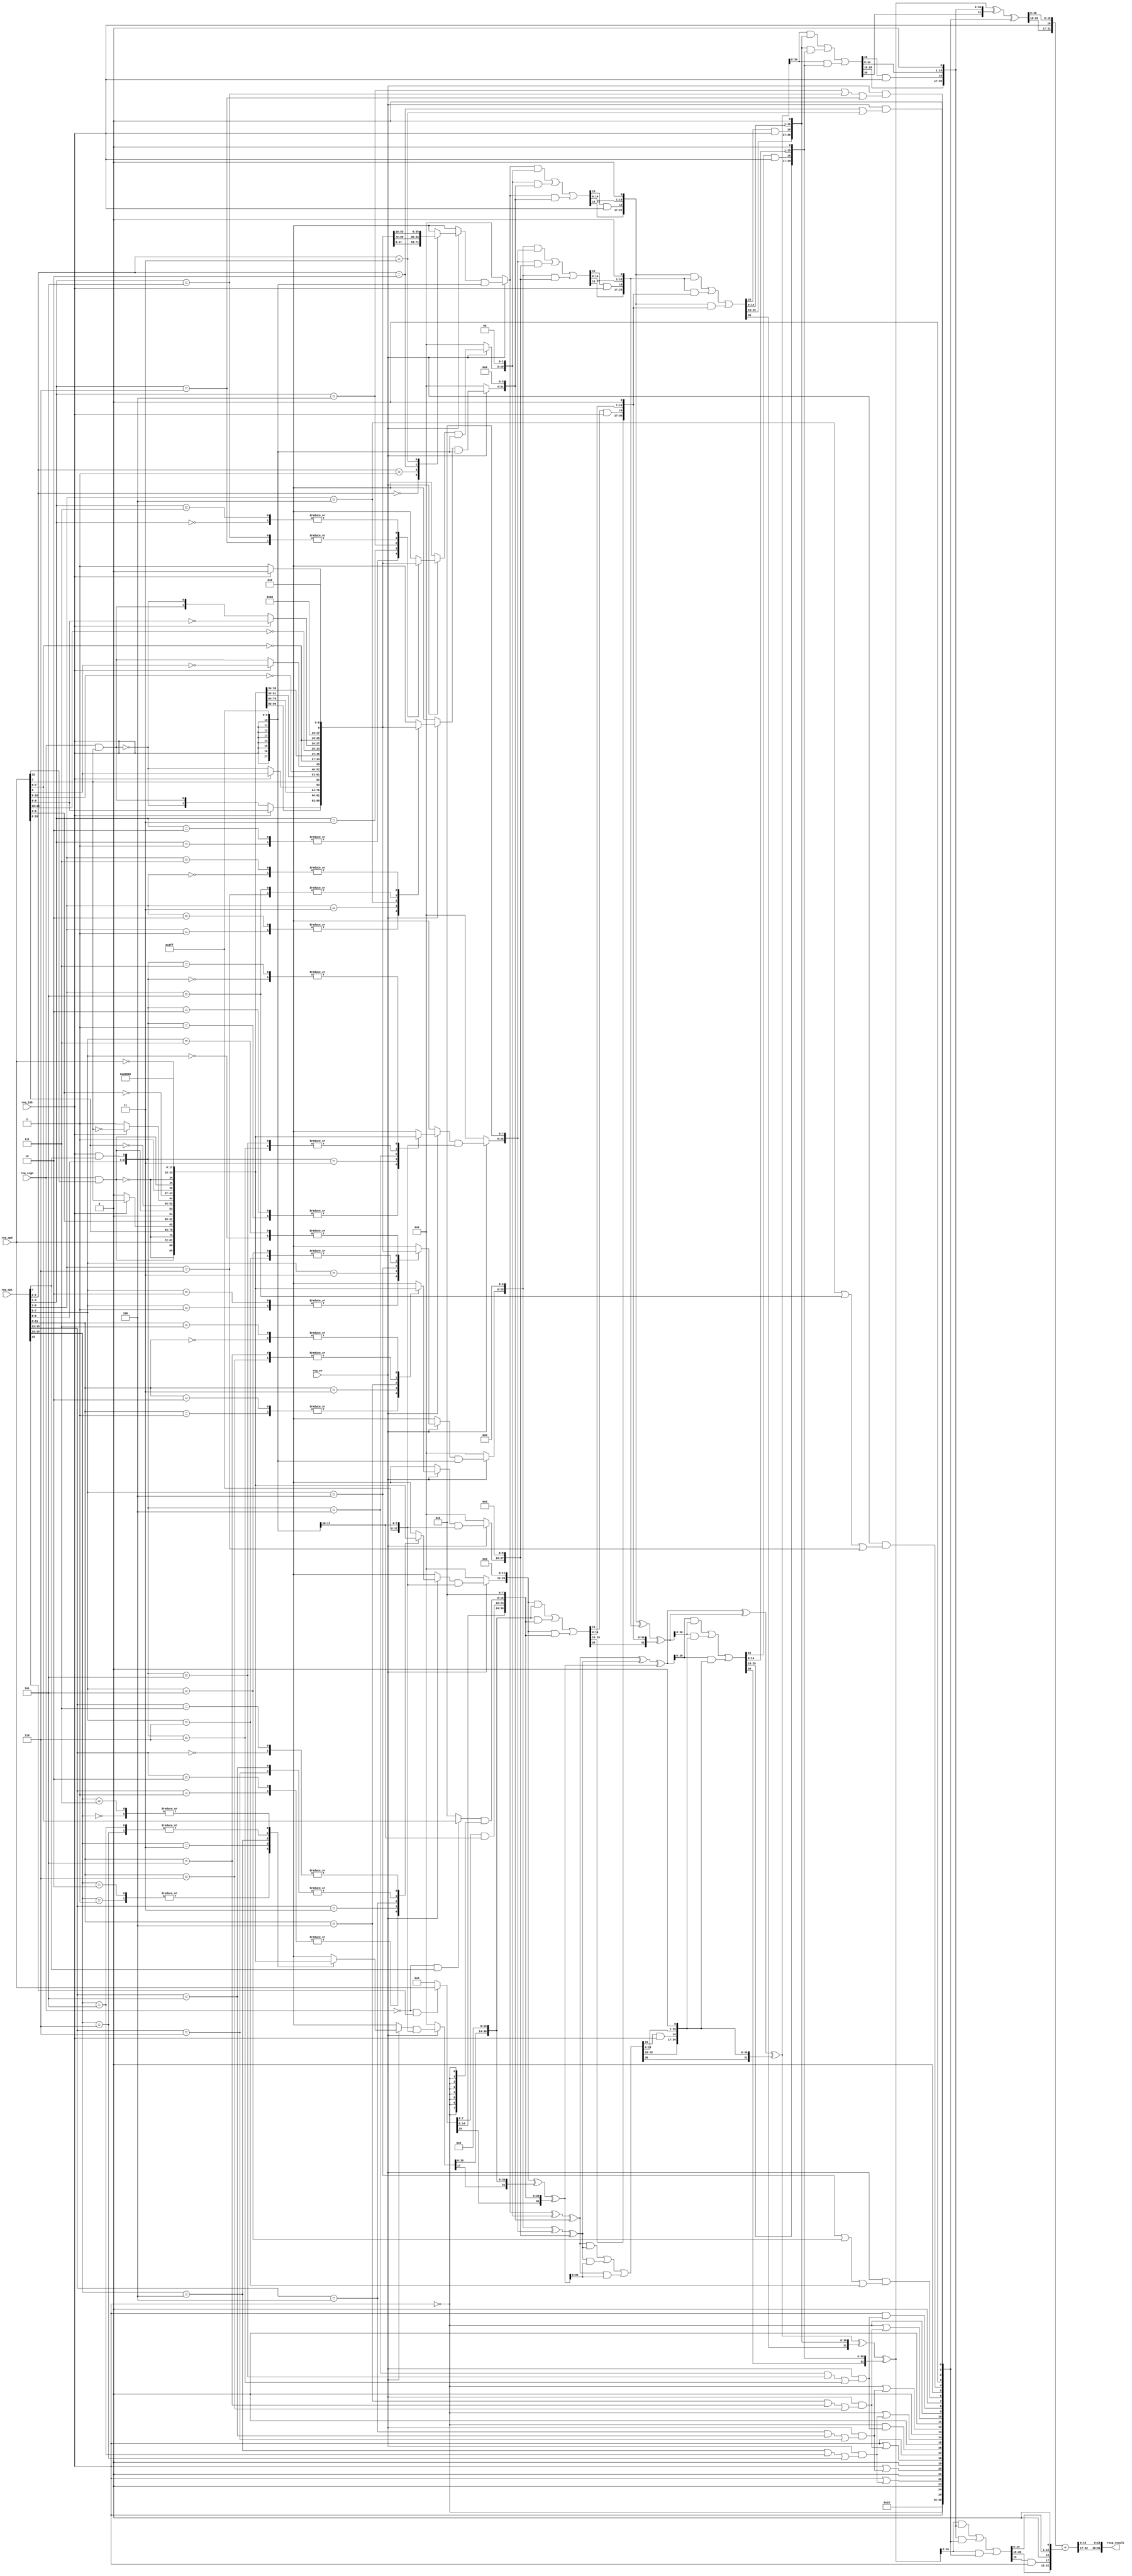
module ac_dmdu(
    req_en
    ,req_sign
    ,req_16b
    ,req_op0
    ,req_op1
    ,resp_result
);

input req_en;
input req_sign;
input req_16b;
input [15:0] req_op0;
input [15:0] req_op1;
output [31:0] resp_result;

wire [17:0] pp_x0  = recode_pp_x0( req_en, req_sign, req_16b, {req_op1[1:0], 1'b0                }, req_op0);
wire [17:0] pp_x2  = recode_pp_x2( req_en, req_sign, req_16b, {req_op1[3:1]                      }, req_op0);
wire [17:0] pp_x4  = recode_pp_x4( req_en, req_sign, req_16b, {req_op1[5:3]                      }, req_op0);
wire [17:0] pp_x6  = recode_pp_x6( req_en, req_sign, req_16b, {req_op1[7:5]                      }, req_op0);
wire [17:0] pp_x8  = recode_pp_x8( req_en, req_sign, req_16b, {req_op1[9:8], req_16b & req_op1[7]}, req_op0);
wire [17:0] pp_x10 = recode_pp_x10(req_en, req_sign, req_16b, {req_op1[11:9]                     }, req_op0);
wire [17:0] pp_x12 = recode_pp_x12(req_en, req_sign, req_16b, {req_op1[13:11]                    }, req_op0);
wire [17:0] pp_x14 = recode_pp_x14(req_en, req_sign, req_16b, {req_op1[15:13]                    }, req_op0);
wire [23:0] pp_x16 = recode_pp_x16(req_en, req_sign, req_16b, {req_op1[15], req_op1[7]           }, req_op0);

wire ci0  = recode_cin(req_en, {req_op1[1:0], 1'b0                 }); // 16, 8 
wire ci2  = recode_cin(req_en, {req_op1[3:1]                       }); // 16, 8
wire ci4  = recode_cin(req_en, {req_op1[5:3]                       }); // 16, 8
wire ci6  = recode_cin(req_en, {req_op1[7:5]                       }); // 16, 8
wire ci8  = recode_cin(req_en, {req_op1[9:8], req_16b & req_op1[7] }); // 16 
wire ci10 = recode_cin(req_en, {req_op1[11:9]                      }); // 16
wire ci12 = recode_cin(req_en, {req_op1[13:11]                     }); // 16
wire ci14 = recode_cin(req_en, {req_op1[15:13]                     }); // 16

wire [31:0] ci;

assign ci[0]  = ci0;
assign ci[1]  = 1'b0;
assign ci[2]  = ci2;
assign ci[3]  = 1'b0;
assign ci[4]  = ci4;
assign ci[5]  = 1'b0;
assign ci[6]  = ci6;
assign ci[7]  = 1'b0;
assign ci[8]  = req_16b & ci8;
assign ci[9]  = ~req_16b;
assign ci[10] = ~req_16b | ci10;
assign ci[11] = 1'b0;
assign ci[12] = ~req_16b | ci12;
assign ci[13] = 1'b0;
assign ci[14] = ~req_16b | ci14;
assign ci[15] = 1'b0;
assign ci[16] = ~req_16b &  ci8;
assign ci[17] = req_16b;
assign ci[18] = req_16b | ci10;
assign ci[19] = 1'b0;
assign ci[20] = req_16b | ci12;
assign ci[21] = 1'b0;
assign ci[22] = req_16b | ci14;
assign ci[23] = 1'b0;
assign ci[24] = req_16b;
assign ci[25] = ~req_16b;
assign ci[26] = 1'd1;
assign ci[27] = 1'b0;
assign ci[28] = 1'd1;
assign ci[29] = 1'b0;
assign ci[30] = 1'd1;
assign ci[31] = 1'b0;

wire [31:0] csa_00_s;
wire [31:0] csa_01_s;
wire [31:0] csa_02_s;
wire [31:0] csa_00_c;
wire [31:0] csa_01_c;
wire [31:0] csa_02_c;

assign {csa_00_c, csa_00_s} = csa32(
    {14'b0, pp_x0       },
    {12'b0, pp_x2,  2'b0},
    {10'b0, pp_x4,  4'b0});
assign {csa_01_c, csa_01_s} = csa32(
    {8'b0,  pp_x6,  6'b0},
    {6'b0,  pp_x8,  8'b0},
    {4'b0,  pp_x10, 10'b0});
assign {csa_02_c, csa_02_s} = csa32(
    {2'b0,  pp_x12, 12'b0},
    {       pp_x14, 14'b0},
    {       pp_x16, 8'b0});

wire [31:0] csa_10_s; 
wire [31:0] csa_11_s; 
wire [31:0] csa_10_c; 
wire [31:0] csa_11_c; 

assign {csa_10_c, csa_10_s} = csa32(
    csa_00_s,
    csa_01_s,
    csa_02_s);
assign {csa_11_c, csa_11_s} = csa32(
    {csa_00_c[30:16], csa_00_c[15] & req_16b, csa_00_c[14:0], 1'b0},
    {csa_01_c[30:16], csa_01_c[15] & req_16b, csa_01_c[14:0], 1'b0},
    {csa_02_c[30:16], csa_02_c[15] & req_16b, csa_02_c[14:0], 1'b0});

wire [31:0] csa_20_s;
wire [31:0] csa_20_c;

assign {csa_20_c, csa_20_s} = csa32(
    csa_10_s,
    csa_11_s,
    {csa_10_c[30:16], csa_10_c[15] & req_16b, csa_10_c[14:0], 1'b0});

wire [31:0] csa_30_s;
wire [31:0] csa_30_c;

assign {csa_30_c, csa_30_s} = csa32(
    csa_20_s,
    {csa_11_c[30:16], csa_11_c[15] & req_16b, csa_11_c[14:0], 1'b0},
    {csa_20_c[30:16], csa_20_c[15] & req_16b, csa_20_c[14:0], 1'b0});

wire [31:0] csa_40_s;
wire [31:0] csa_40_c;

assign {csa_40_c, csa_40_s} = csa32(
    csa_30_s,
    {csa_30_c[30:16], csa_30_c[15] & req_16b, csa_30_c[14:0], 1'b0},
    ci);

wire [32:0] csa_50_s;

assign csa_50_s = 
    {csa_40_s[31:16]                       , req_16b, csa_40_s[15:0]} +
    {csa_40_c[30:16],csa_40_c[15] & req_16b,   1'b0 , csa_40_c[14:0], 1'b0};

assign resp_result = {csa_50_s[32:17], csa_50_s[15:0]};


function [17:0] recode_pp_x0;
input en;
input sign;
input b16_en;
input [2:0] partial_y;
input [15:0] in0;

reg        signed_ext16;
reg        signed_ext8;
reg [17:0] recode_pp;

begin
    signed_ext16 = sign & in0[15];
    signed_ext8 = sign & in0[7];

    recode_pp_x0 = 18'b0;
    if(en)begin
        case(partial_y)
        3'b000: recode_pp = {1'b1         , 7'b0                      , (b16_en ?  1'b0     : 1'b1                        ),  9'b0          }; //0
        3'b001: recode_pp = {~signed_ext16, signed_ext16,   in0[15:10], (b16_en ?  in0[9:8] : {~signed_ext8,  signed_ext8}),  in0[7:0]      }; //X
        3'b010: recode_pp = {~signed_ext16, signed_ext16,   in0[15:10], (b16_en ?  in0[9:8] : {~signed_ext8,  signed_ext8}),  in0[7:0]      }; //X
        3'b011: recode_pp = {~signed_ext16,  in0[15:9]                , (b16_en ?  in0[8]   :  ~signed_ext8               ),  in0[7:0], 1'b0}; //2X
        3'b100: recode_pp = { signed_ext16, ~in0[15:9]                , (b16_en ? ~in0[8]   :   signed_ext8               ), ~in0[7:0], 1'b1}; //-2X
        3'b101: recode_pp = { signed_ext16, ~signed_ext16, ~in0[15:10], (b16_en ? ~in0[9:8] : { signed_ext8, ~signed_ext8}), ~in0[7:0]      }; //-X
        3'b110: recode_pp = { signed_ext16, ~signed_ext16, ~in0[15:10], (b16_en ? ~in0[9:8] : { signed_ext8, ~signed_ext8}), ~in0[7:0]      }; //-X
        3'b111: recode_pp = {1'b1         , 7'b0                      , (b16_en ?  1'b0     : 1'b1                        ),  9'b0          }; // 0
        endcase
        recode_pp_x0 = recode_pp & {{8{b16_en}}, ~10'b0};
    end
end
endfunction

function [17:0] recode_pp_x2;
input en;
input sign;
input b16_en;
input [2:0] partial_y;
input [15:0] in0;

reg        signed_ext16;
reg        signed_ext8;
reg [17:0] recode_pp;

begin
    signed_ext16 = sign & in0[15];
    signed_ext8 = sign & in0[7];

    recode_pp_x2 = 18'b0;
    if(en)begin
        case(partial_y)
        3'b000: recode_pp = {1'b1         , 7'b0                      , (b16_en ?  1'b0     : 1'b1                        ),  9'b0          }; //0
        3'b001: recode_pp = {~signed_ext16, signed_ext16,   in0[15:10], (b16_en ?  in0[9:8] : {~signed_ext8,  signed_ext8}),  in0[7:0]      }; //X
        3'b010: recode_pp = {~signed_ext16, signed_ext16,   in0[15:10], (b16_en ?  in0[9:8] : {~signed_ext8,  signed_ext8}),  in0[7:0]      }; //X
        3'b011: recode_pp = {~signed_ext16,  in0[15:9]                , (b16_en ?  in0[8]   :  ~signed_ext8               ),  in0[7:0], 1'b0}; //2X
        3'b100: recode_pp = { signed_ext16, ~in0[15:9]                , (b16_en ? ~in0[8]   :   signed_ext8               ), ~in0[7:0], 1'b1}; //-2X
        3'b101: recode_pp = { signed_ext16, ~signed_ext16, ~in0[15:10], (b16_en ? ~in0[9:8] : { signed_ext8, ~signed_ext8}), ~in0[7:0]      }; //-X
        3'b110: recode_pp = { signed_ext16, ~signed_ext16, ~in0[15:10], (b16_en ? ~in0[9:8] : { signed_ext8, ~signed_ext8}), ~in0[7:0]      }; //-X
        3'b111: recode_pp = {1'b1         , 7'b0                      , (b16_en ?  1'b0     : 1'b1                        ),  9'b0          }; // 0
        endcase
        recode_pp_x2 = recode_pp & {{8{b16_en}}, ~10'b0};
    end
end
endfunction

function [17:0] recode_pp_x4;
input en;
input sign;
input b16_en;
input [2:0] partial_y;
input [15:0] in0;

reg        signed_ext16;
reg        signed_ext8;
reg [17:0] recode_pp;

begin
    signed_ext16 = sign & in0[15];
    signed_ext8 = sign & in0[7];

    recode_pp_x4 = 18'b0;
    if(en)begin
        case(partial_y)
        3'b000: recode_pp = {1'b1         , 7'b0                      , (b16_en ?  1'b0     : 1'b1                        ),  9'b0          }; //0
        3'b001: recode_pp = {~signed_ext16, signed_ext16,   in0[15:10], (b16_en ?  in0[9:8] : {~signed_ext8,  signed_ext8}),  in0[7:0]      }; //X
        3'b010: recode_pp = {~signed_ext16, signed_ext16,   in0[15:10], (b16_en ?  in0[9:8] : {~signed_ext8,  signed_ext8}),  in0[7:0]      }; //X
        3'b011: recode_pp = {~signed_ext16,  in0[15:9]                , (b16_en ?  in0[8]   :  ~signed_ext8               ),  in0[7:0], 1'b0}; //2X
        3'b100: recode_pp = { signed_ext16, ~in0[15:9]                , (b16_en ? ~in0[8]   :   signed_ext8               ), ~in0[7:0], 1'b1}; //-2X
        3'b101: recode_pp = { signed_ext16, ~signed_ext16, ~in0[15:10], (b16_en ? ~in0[9:8] : { signed_ext8, ~signed_ext8}), ~in0[7:0]      }; //-X
        3'b110: recode_pp = { signed_ext16, ~signed_ext16, ~in0[15:10], (b16_en ? ~in0[9:8] : { signed_ext8, ~signed_ext8}), ~in0[7:0]      }; //-X
        3'b111: recode_pp = {1'b1         , 7'b0                      , (b16_en ?  1'b0     : 1'b1                        ),  9'b0          }; // 0
        endcase
        recode_pp_x4 = recode_pp & {{8{b16_en}}, ~10'b0};
    end
end
endfunction

function [17:0] recode_pp_x6;
input en;
input sign;
input b16_en;
input [2:0] partial_y;
input [15:0] in0;

reg        signed_ext16;
reg        signed_ext8;
reg [17:0] recode_pp;

begin
    signed_ext16 = sign & in0[15];
    signed_ext8 = sign & in0[7];

    recode_pp_x6 = 18'b0;
    if(en)begin
        case(partial_y)
        3'b000: recode_pp = {1'b1         , 7'b0                      , (b16_en ?  1'b0     : 1'b1                        ),  9'b0          }; //0
        3'b001: recode_pp = {~signed_ext16, signed_ext16,   in0[15:10], (b16_en ?  in0[9:8] : {~signed_ext8,  signed_ext8}),  in0[7:0]      }; //X
        3'b010: recode_pp = {~signed_ext16, signed_ext16,   in0[15:10], (b16_en ?  in0[9:8] : {~signed_ext8,  signed_ext8}),  in0[7:0]      }; //X
        3'b011: recode_pp = {~signed_ext16,  in0[15:9]                , (b16_en ?  in0[8]   :  ~signed_ext8               ),  in0[7:0], 1'b0}; //2X
        3'b100: recode_pp = { signed_ext16, ~in0[15:9]                , (b16_en ? ~in0[8]   :   signed_ext8               ), ~in0[7:0], 1'b1}; //-2X
        3'b101: recode_pp = { signed_ext16, ~signed_ext16, ~in0[15:10], (b16_en ? ~in0[9:8] : { signed_ext8, ~signed_ext8}), ~in0[7:0]      }; //-X
        3'b110: recode_pp = { signed_ext16, ~signed_ext16, ~in0[15:10], (b16_en ? ~in0[9:8] : { signed_ext8, ~signed_ext8}), ~in0[7:0]      }; //-X
        3'b111: recode_pp = {1'b1         , 7'b0                      , (b16_en ?  1'b0     : 1'b1                        ),  9'b0          }; // 0
        endcase
        recode_pp_x6 = recode_pp & {{8{b16_en}}, ~10'b0};
    end
end
endfunction

function [17:0] recode_pp_x8;
input en;
input sign;
input b16_en;
input [2:0] partial_y;
input [15:0] in0;

reg        signed_ext16;
reg [17:0] recode_pp;

begin
    signed_ext16 = sign & in0[15];

    recode_pp_x8 = 18'b0;
    if(en)begin
        case(partial_y)
        3'b000: recode_pp = {1'd1         ,  17'b0                                                   }; //0
        3'b001: recode_pp = {~signed_ext16,  signed_ext16, in0[15:0]                                 }; //X
        3'b010: recode_pp = {~signed_ext16,  signed_ext16, in0[15:0]                                 }; //X
        3'b011: recode_pp = {~signed_ext16,  in0[15:8]   , (b16_en ?  in0[7] : 1'b0),  in0[6:0], 1'b0}; //2X
        3'b100: recode_pp = { signed_ext16, ~in0[15:8]   , (b16_en ? ~in0[7] : 1'b1), ~in0[6:0], 1'b1}; //-2X
        3'b101: recode_pp = { signed_ext16, ~signed_ext16, ~in0[15:0]                                }; //-X
        3'b110: recode_pp = { signed_ext16, ~signed_ext16, ~in0[15:0]                                }; //-X
        3'b111: recode_pp = {1'd1         ,  17'b0                                                   }; // 0
        endcase
        recode_pp_x8 = recode_pp & {~10'b0, {8{b16_en}}};
    end
end
endfunction

function [17:0] recode_pp_x10;
input en;
input sign;
input b16_en;
input [2:0] partial_y;
input [15:0] in0;

reg        signed_ext16;
reg [17:0] recode_pp;

begin
    signed_ext16 = sign & in0[15];

    recode_pp_x10 = 18'b0;
    if(en)begin
        case(partial_y)
        3'b000: recode_pp = {1'd1         ,  17'b0                                                   }; //0
        3'b001: recode_pp = {~signed_ext16,  signed_ext16, in0[15:0]                                 }; //X
        3'b010: recode_pp = {~signed_ext16,  signed_ext16, in0[15:0]                                 }; //X
        3'b011: recode_pp = {~signed_ext16,  in0[15:8]   , (b16_en ?  in0[7] : 1'b0),  in0[6:0], 1'b0}; //2X
        3'b100: recode_pp = { signed_ext16, ~in0[15:8]   , (b16_en ? ~in0[7] : 1'b1), ~in0[6:0], 1'b1}; //-2X
        3'b101: recode_pp = { signed_ext16, ~signed_ext16, ~in0[15:0]                                }; //-X
        3'b110: recode_pp = { signed_ext16, ~signed_ext16, ~in0[15:0]                                }; //-X
        3'b111: recode_pp = {1'd1         ,  17'b0                                                   }; // 0
        endcase
        recode_pp_x10 = recode_pp & {~10'b0, {8{b16_en}}};
    end
end
endfunction

function [17:0] recode_pp_x12;
input en;
input sign;
input b16_en;
input [2:0] partial_y;
input [15:0] in0;

reg        signed_ext16;
reg [17:0] recode_pp;

begin
    signed_ext16 = sign & in0[15];

    recode_pp_x12 = 18'b0;
    if(en)begin
        case(partial_y)
        3'b000: recode_pp = {1'd1         ,  17'b0                                                   }; //0
        3'b001: recode_pp = {~signed_ext16,  signed_ext16, in0[15:0]                                 }; //X
        3'b010: recode_pp = {~signed_ext16,  signed_ext16, in0[15:0]                                 }; //X
        3'b011: recode_pp = {~signed_ext16,  in0[15:8]   , (b16_en ?  in0[7] : 1'b0),  in0[6:0], 1'b0}; //2X
        3'b100: recode_pp = { signed_ext16, ~in0[15:8]   , (b16_en ? ~in0[7] : 1'b1), ~in0[6:0], 1'b1}; //-2X
        3'b101: recode_pp = { signed_ext16, ~signed_ext16, ~in0[15:0]                                }; //-X
        3'b110: recode_pp = { signed_ext16, ~signed_ext16, ~in0[15:0]                                }; //-X
        3'b111: recode_pp = {1'd1         ,  17'b0                                                   }; // 0
        endcase
        recode_pp_x12 = recode_pp & {~10'b0, {8{b16_en}}};
    end
end
endfunction

function [17:0] recode_pp_x14;
input en;
input sign;
input b16_en;
input [2:0] partial_y;
input [15:0] in0;

reg        signed_ext16;
reg [17:0] recode_pp;

begin
    signed_ext16 = sign & in0[15];

    recode_pp_x14 = 18'b0;
    if(en)begin
        case(partial_y)
        3'b000: recode_pp = {1'd1         ,  17'b0                                                   }; //0
        3'b001: recode_pp = {~signed_ext16,  signed_ext16, in0[15:0]                                 }; //X
        3'b010: recode_pp = {~signed_ext16,  signed_ext16, in0[15:0]                                 }; //X
        3'b011: recode_pp = {~signed_ext16,  in0[15:8]   , (b16_en ?  in0[7] : 1'b0),  in0[6:0], 1'b0}; //2X
        3'b100: recode_pp = { signed_ext16, ~in0[15:8]   , (b16_en ? ~in0[7] : 1'b1), ~in0[6:0], 1'b1}; //-2X
        3'b101: recode_pp = { signed_ext16, ~signed_ext16, ~in0[15:0]                                }; //-X
        3'b110: recode_pp = { signed_ext16, ~signed_ext16, ~in0[15:0]                                }; //-X
        3'b111: recode_pp = {1'd1         ,  17'b0                                                   }; // 0
        endcase
        recode_pp_x14 = recode_pp & {~10'b0, {8{b16_en}}};
    end
end
endfunction

function [23:0] recode_pp_x16;
input en;
input sign;
input b16_en;
input [1:0] partial_y;
input [15:0] in0;

reg [23:0] recode_pp;

// 000 signed   0
// 001 unsigned X
// 111 signed   0
begin
    recode_pp[23:8] = ~sign && partial_y[1] ? in0[15:0] : 16'b0;
    recode_pp[7:0]  = ~sign && partial_y[0] ? in0[7:0]  : 8'b0;
    recode_pp_x16[23:16] = recode_pp[23:16];
    recode_pp_x16[15:8]  = recode_pp[15:8] & {8{b16_en}};
    recode_pp_x16[7:0]   = recode_pp[7:0]  & {8{~b16_en}};
end
endfunction

function recode_cin;
input       en;
input [2:0] partial_y;

begin
    recode_cin = en & (partial_y == 3'b100 || partial_y == 3'b101 || partial_y == 3'b110);
end
endfunction

function [63:0] csa32; // {carry, sum}
input [31:0] in0;
input [31:0] in1;
input [31:0] in2;

reg [31:0] sum;
reg [31:0] carry;

begin
    sum = in0 ^ in1 ^ in2;
    carry = in0 & in1 | in1 & in2 | in0 & in2;
    csa32 = {carry, sum};
end
endfunction

endmodule